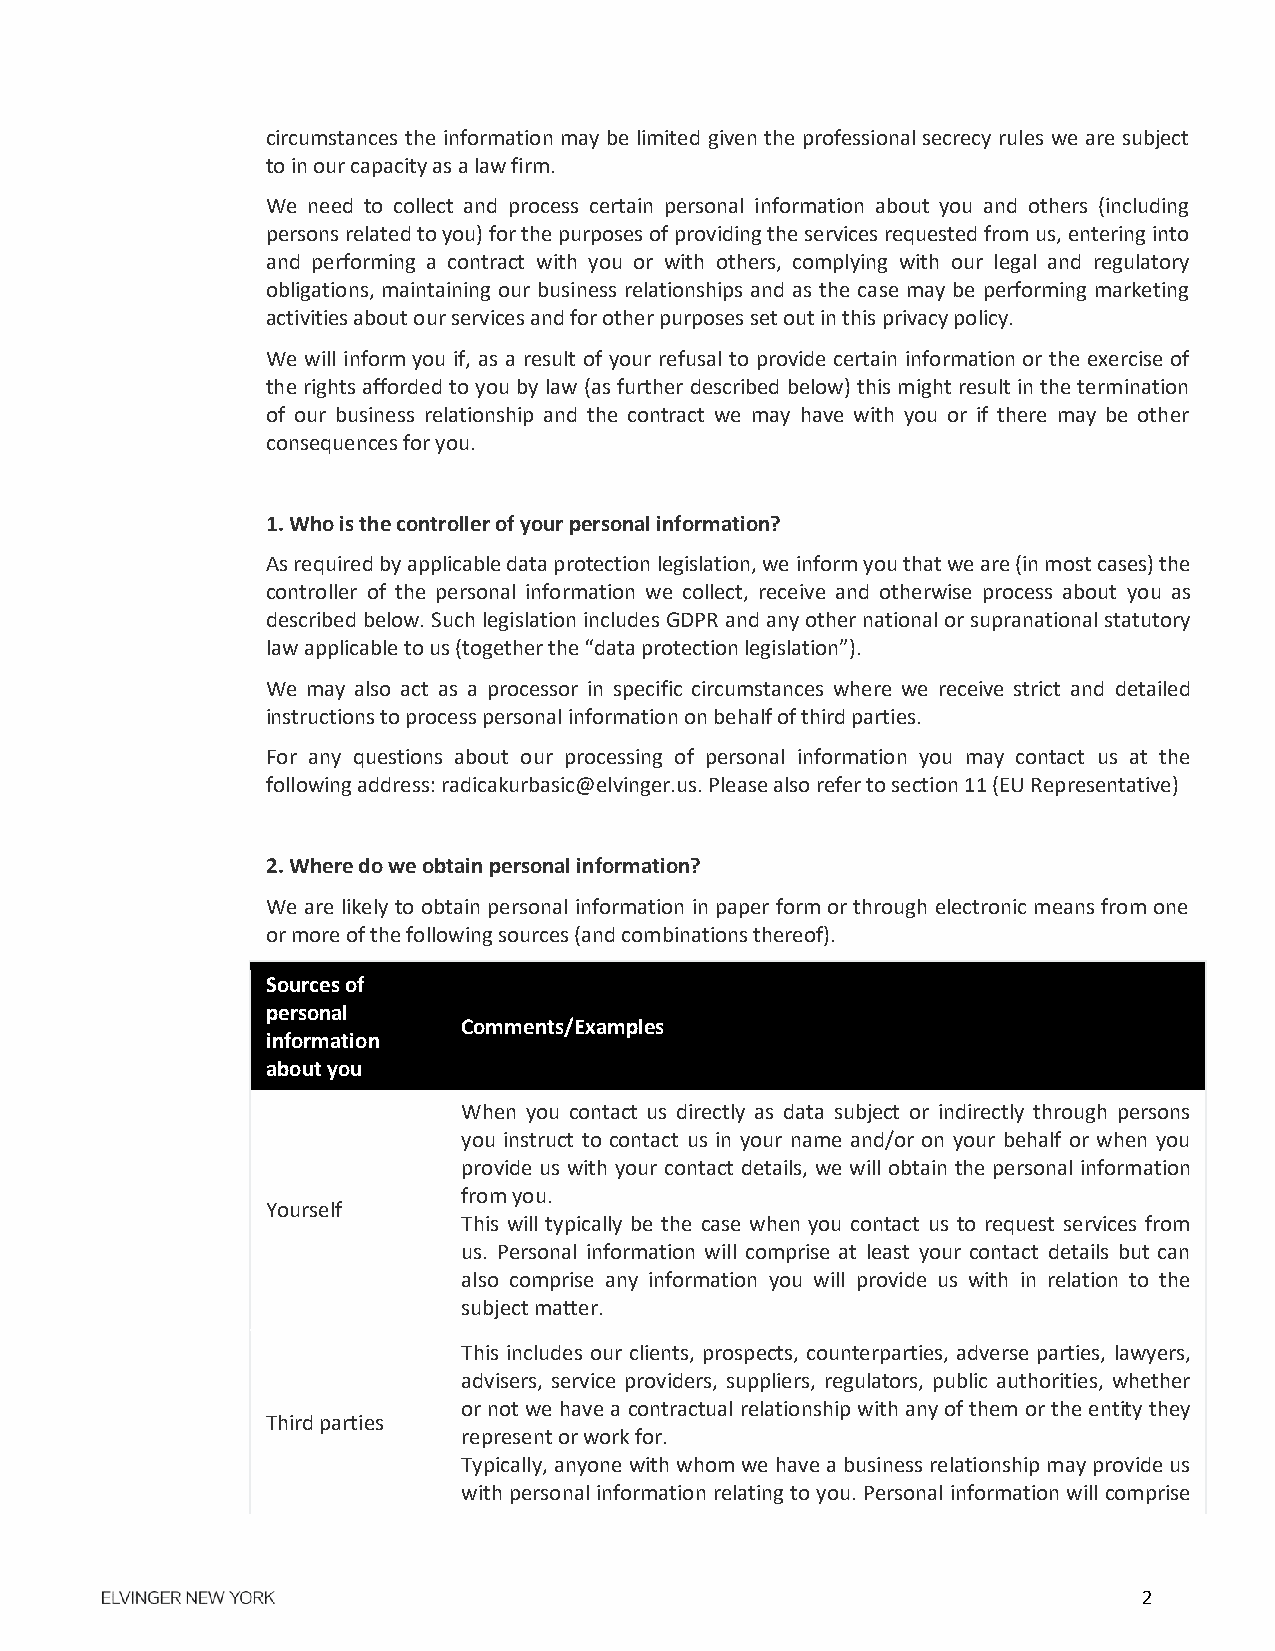
circumstances the information may be limited given the professional secrecy rules we are subject
 to in our capacity as a law firm.
 We need to collect and process certain personal information about you and others (including
 persons related to you) for the purposes of providing the services requested from us, entering into
 and performing a contract with you or with others, complying with our legal and regulatory
 obligations, maintaining our business relationships and as the case may be performing marketing
 activities about our services and for other purposes set out in this privacy policy.
 We will inform you if, as a result of your refusal to provide certain information or the exercise of
 the rights afforded to you by law (as further described below) this might result in the termination
 of our business relationship and the contract we may have with you or if there may be other
 consequences for you.
 1. Who is the controller of your personal information?
 As required by applicable data protection legislation, we inform you that we are (in most cases) the
 controller of the personal information we collect, receive and otherwise process about you as
 described below. Such legislation includes GDPR and any other national or supranational statutory
 law applicable to us (together the “data protection legislation”).
 We may also act as a processor in specific circumstances where we receive strict and detailed
 instructions to process personal information on behalf of third parties.
 For any questions about our processing of personal information you may contact us at the
 following address: radicakurbasic@elvinger.us. Please also refer to section 11 (EU Representative)
 2. Where do we obtain personal information?
 We are likely to obtain personal information in paper form or through electronic means from one
 or more of the following sources (and combinations thereof).
 Sources of
 personal
 Comments/Examples
 information
 about you
 When you contact us directly as data subject or indirectly through persons
 you instruct to contact us in your name and/or on your behalf or when you
 provide us with your contact details, we will obtain the personal information
 from you.
 Yourself
 This will typically be the case when you contact us to request services from
 us. Personal information will comprise at least your contact details but can
 also comprise any information you will provide us with in relation to the
 subject matter.
 This includes our clients, prospects, counterparties, adverse parties, lawyers,
 advisers, service providers, suppliers, regulators, public authorities, whether
 or not we have a contractual relationship with any of them or the entity they
 Third parties
 represent or work for.
 Typically, anyone with whom we have a business relationship may provide us
 with personal information relating to you. Personal information will comprise
 2